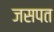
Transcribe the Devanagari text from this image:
जसपत